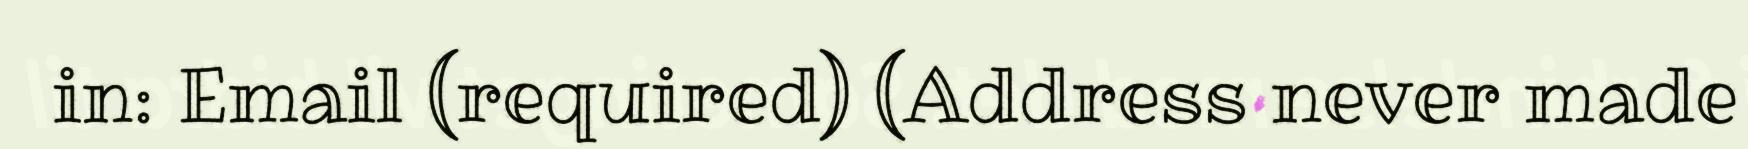
in: Email (required) (Address never made